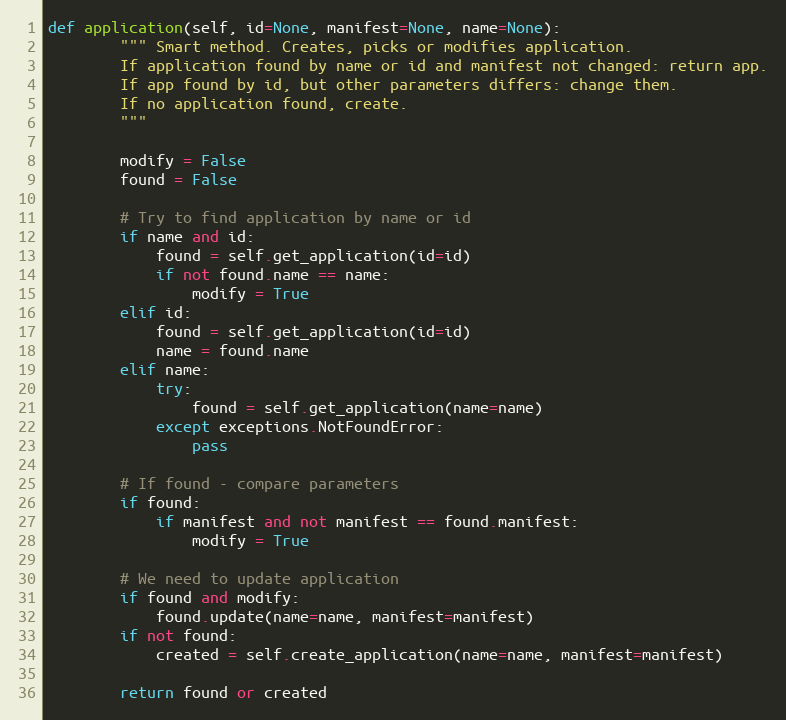
Language: Python
def application(self, id=None, manifest=None, name=None):
        """ Smart method. Creates, picks or modifies application.
        If application found by name or id and manifest not changed: return app.
        If app found by id, but other parameters differs: change them.
        If no application found, create.
        """

        modify = False
        found = False

        # Try to find application by name or id
        if name and id:
            found = self.get_application(id=id)
            if not found.name == name:
                modify = True
        elif id:
            found = self.get_application(id=id)
            name = found.name
        elif name:
            try:
                found = self.get_application(name=name)
            except exceptions.NotFoundError:
                pass

        # If found - compare parameters
        if found:
            if manifest and not manifest == found.manifest:
                modify = True

        # We need to update application
        if found and modify:
            found.update(name=name, manifest=manifest)
        if not found:
            created = self.create_application(name=name, manifest=manifest)

        return found or created